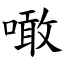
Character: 噉